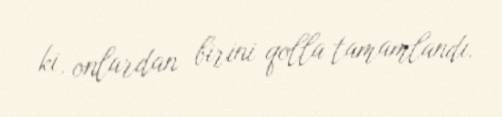
ki, onlardan birini qolla tamamlandı.